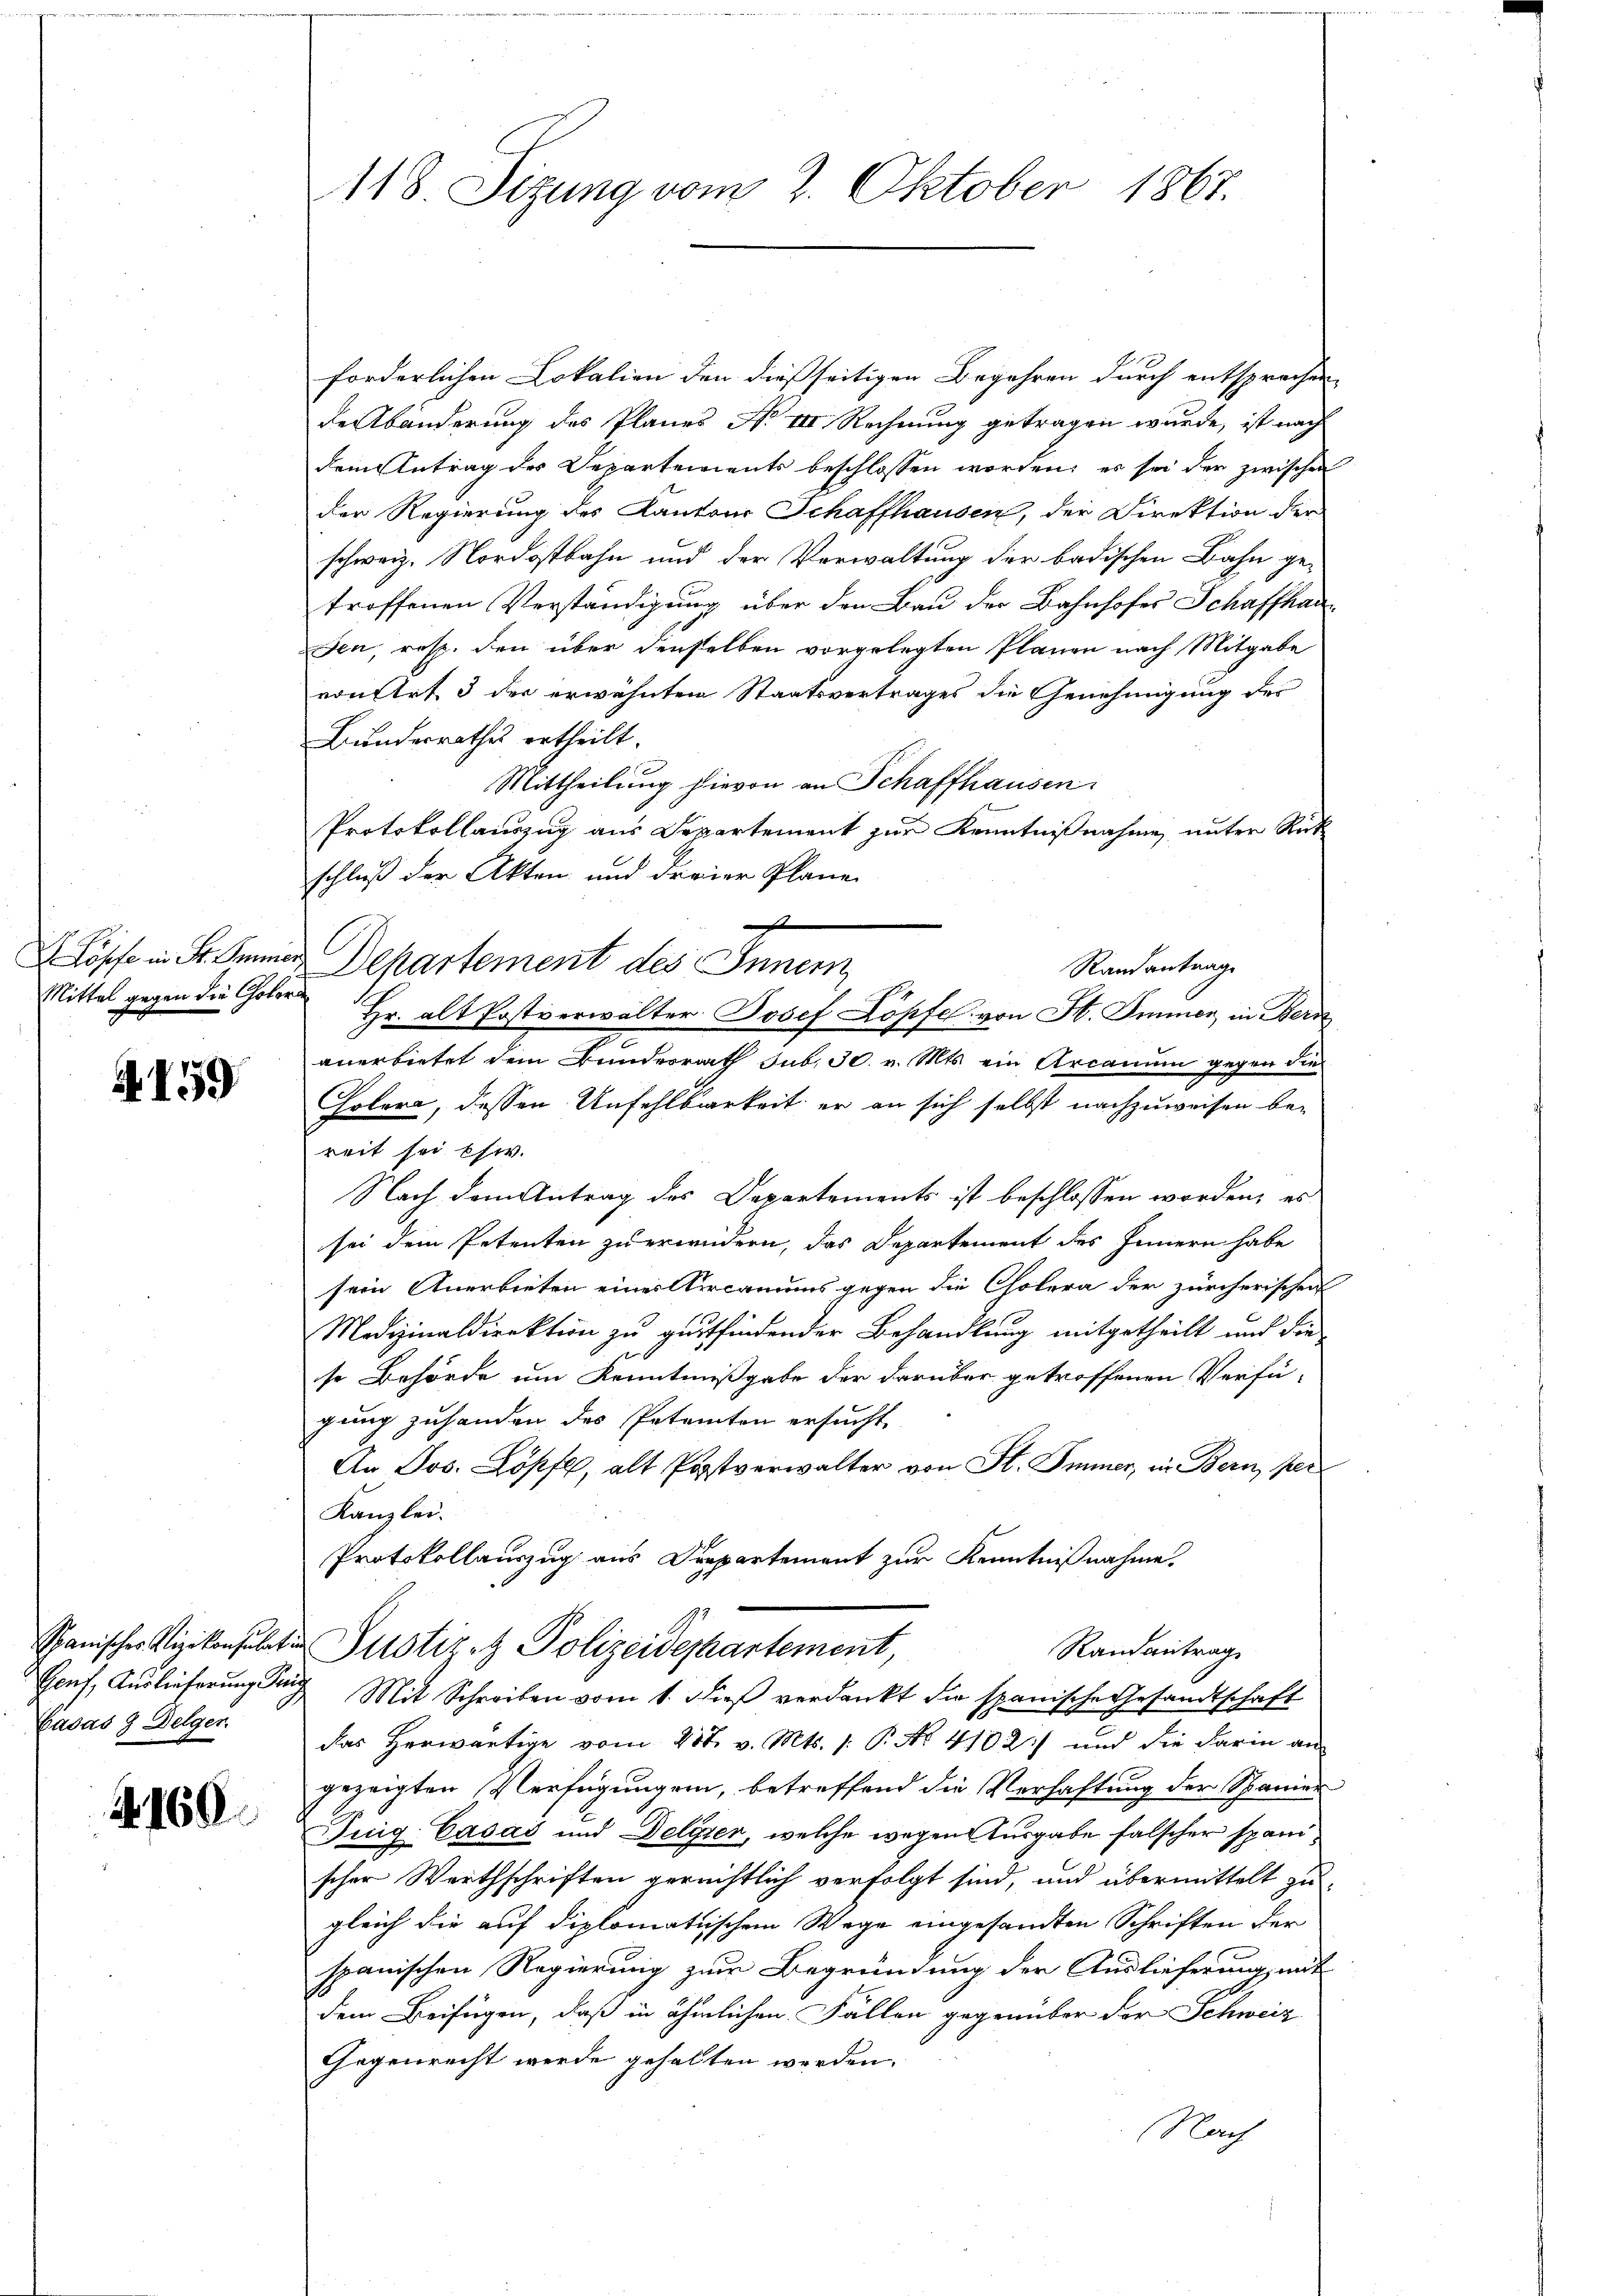
Mittel gegen die Cholera

4159

Cadas 3 Delger.

4. 169.

118. Sizung vom 2. Oktober 1867.

forderlichen Lokalien den dießseitigen Begehren durch entsprochen,
derbänderung des Planes No III. Rechnung getragen wurde, ist nach
dem Antrag des Departements beschlossen worden, es sei der zwischen
der Regierung des Kantons Schaffhausen, der Direktion der
schweiz. Nordostbahn und der Verwaltung der badischen Bahn ge-
troffenen Verständigung über den Bau der Bahnhofes Schaffhauden, resp. den über denselben vorgelegten Plänen nach Mitgabe
von Art. 3 der erwähnten Staatsvertrages die Genehmigung des
Bundesrathes ertheilt.
Mittheilung hievon an Schaffhausen.
Protokollauszug aus Departement zur Kenntnißnahme unter Rück
schluß der Akten und dreier Plane
x
Löpfe in St. Sinner Departement des Innern
Randantrage
Hr. alt Postverwalter Josef Kopfel von F. Immer in Bern
anerbietet dem Bundesrath sub. 30. v. Mts. ein Arcanum gegen die
Holera, dessen Unfehlbarkeit er an sich selbst nachzuweisen bereit sei ehw.
Nach dem Antrag des Departements ist beschlossen worden, es
sei dem Petenten zu erwidern, das Departement des Innern habe
sein Anerbieten eines Kircanus gegen die Cholera der zürcherischen
Medizinaldirektion zu gutfindender Behandlung mitgetheilt und die
se Behörde um Kenntnißgabe der darüber getroffenen Verfü-
gung zuhanden des Petenten ersucht,
An Jos. Zöpfl, alt Postverwalter von St. Immer, in Bern, per
Kanzlei.
Protokollauszug aus Departement zur Kenntnißnahme.
Schanischer Vizekonsulten Justizet Polizeidechartement,
Randantrag
Genf, Auslieferung seine Mit Schreiben vom 1. dieβ verdankt die spanische Gesandtschaft
das herwärtige vom 28t v. Mts. /: P. No. 4102) und die darin an
gezeigten Verfügungen, betreffend die Verhaftung der Spanier
Tuig-Casaš und Delyter, welche wegen Ausgabe falscher spanischer Werthschriften gerechtlich verfolgt sind, und übermittelt zu
gleich die auf diplomatischem Wege eingesandten Schriften der
spanischen Regierung zur Begründung der Auslieferung, mit
dem Beifügen, daß in ähnlichen Fällen gegenüber der Schweiz
Gegenrecht werde gehalten werden.
Nach